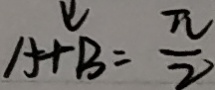
A + B = \frac { \pi } { 2 }